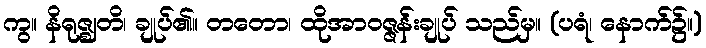
ကွ။ နိရုဇ္ဈတိ၊ ချုပ်၏။ တတော၊ ထိုအာဝဇ္ဇန်းချုပ် သည်မှ။ (ပရံ၊ နောက်၌။)